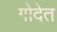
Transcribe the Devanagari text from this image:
गोदेत